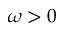
\omega > 0